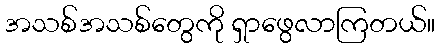
အသစ်အသစ်တွေကို ရှာဖွေလာကြတယ်။